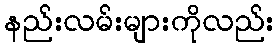
နည်းလမ်းများကိုလည်း